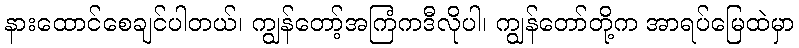
နားထောင်စေချင်ပါတယ်၊ ကျွန်တော့်အကြံကဒီလိုပါ၊ ကျွန်တော်တို့က အာရပ်မြေထဲမှာ